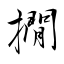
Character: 撊